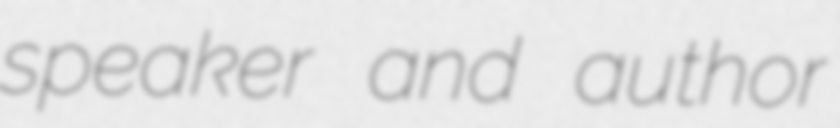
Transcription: speaker and author